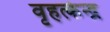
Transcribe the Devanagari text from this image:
वृहत्केन्द्र